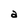
Character: a